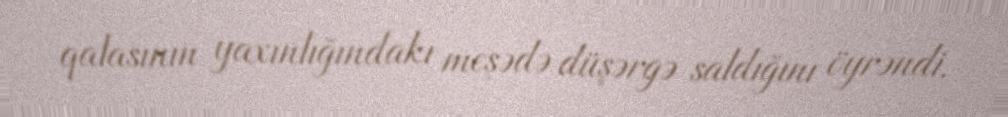
qalasının yaxınlığındakı meşədə düşərgə saldığını öyrəndi.